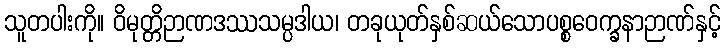
သူတပါးကို။ ဝိမုတ္တိဉာဏဒဿသမ္ပဒါယ၊ တခုယုတ်နှစ်ဆယ်သောပစ္စဝေက္ခနာဉာဏ်နှင့်